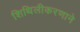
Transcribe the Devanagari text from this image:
शिथिलीकरणाने